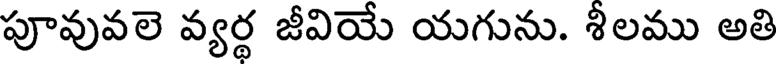
పూవువలె వ్యర్థ జీవియే యగును. శీలము అతి